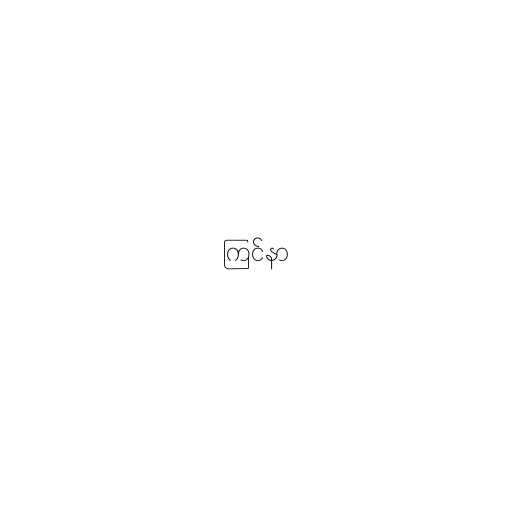
ကြင်နာ